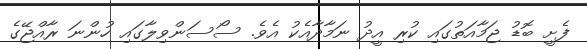
ފެށީ ބޮޑު ޖަމާއަތުގައި ކުރި އީދު ނަމާދާއެކު އެވެ. ސޯސަންވިލާގައި ހުންނަ ރާއްޖޭގެ